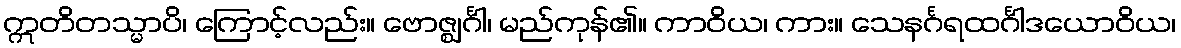
ဣတိတသ္မာပိ၊ ကြောင့်လည်း။ ဗောဇ္ဈင်္ဂါ၊ မည်ကုန်၏။ ကာဝိယ၊ ကား။ သေနင်္ဂရထင်္ဂါဒယောဝိယ၊